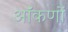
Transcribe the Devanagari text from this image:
ऑंकणों